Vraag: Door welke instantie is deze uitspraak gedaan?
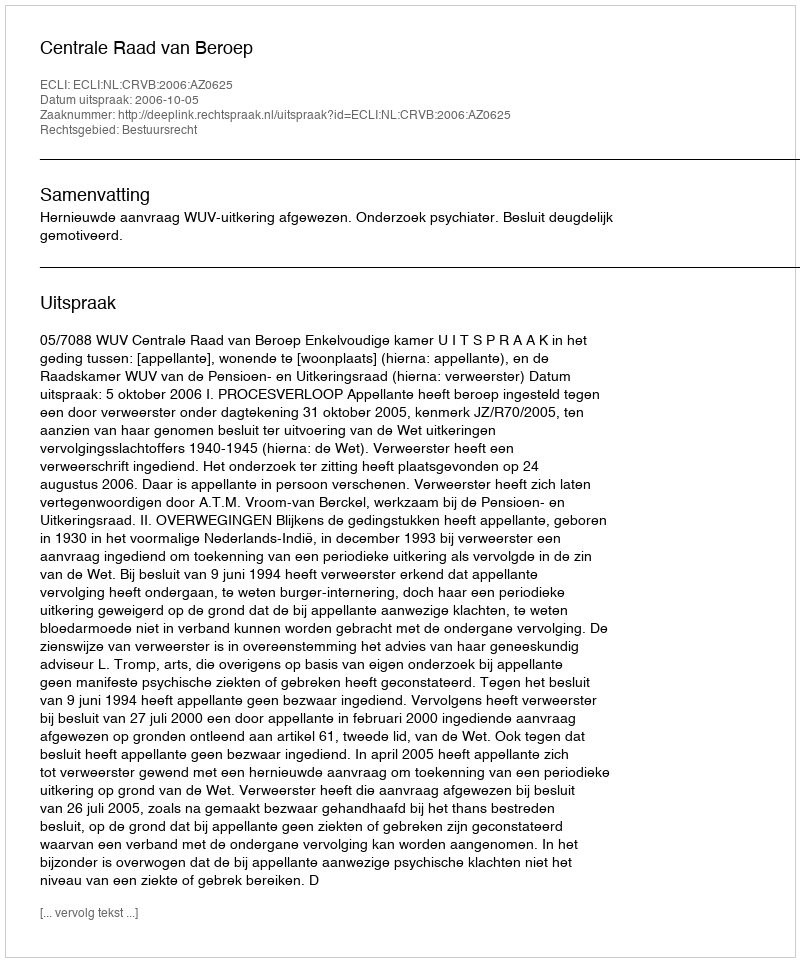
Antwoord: Centrale Raad van Beroep